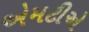
એમટીએ